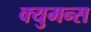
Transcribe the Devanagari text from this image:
क्युमन्स